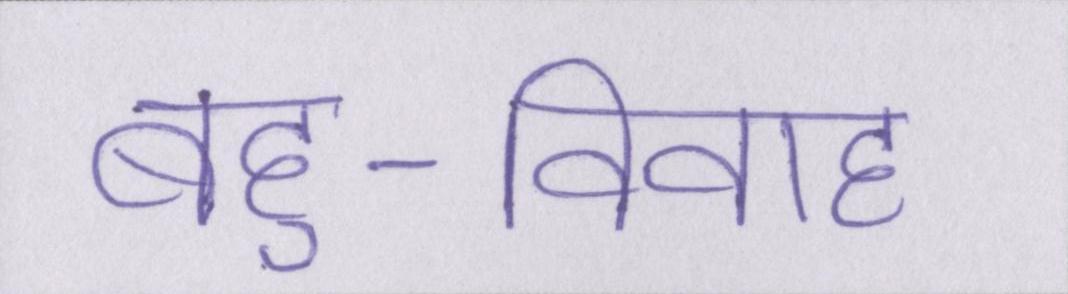
बहु-विवाह